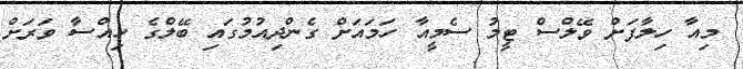
މިއާ ހިލާފަށް ވޭލްސް ޓީމު ސެމީއާ ހަަމައަށް ގެންދިއުމުގައި ބޭލްގެ ހިއްސާ ވަރަށް